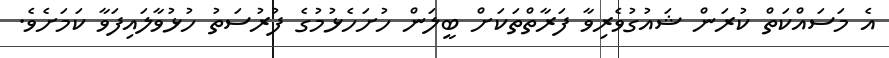
އެ މަސައްކަތް ކުރަން ޝައުގުވެރިވާ ފަރާތްތަކަށް ބީލަން ހުށަހެޅުމުގެ ފުރުސަތު ހުޅުވާލައިފަވާ ކަމަށެވެ.